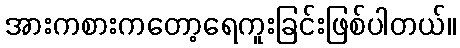
အားကစားကတော့ရေကူးခြင်းဖြစ်ပါတယ်။